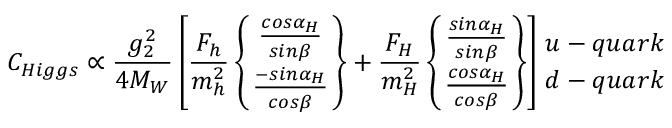
C _ { H i g g s } \propto { \frac { g _ { 2 } ^ { 2 } } { 4 M _ { W } } } \left[ { \frac { F _ { h } } { m _ { h } ^ { 2 } } } \left\{ { \frac { c o s \alpha _ { H } } { s i n \beta } } \atop { \frac { - s i n \alpha _ { H } } { c o s \beta } } \right\} + { \frac { F _ { H } } { m _ { H } ^ { 2 } } } \left\{ { \frac { s i n \alpha _ { H } } { s i n \beta } } \atop { \frac { c o s \alpha _ { H } } { c o s \beta } } \right\} \right] { u - q u a r k \atop d - q u a r k }